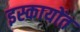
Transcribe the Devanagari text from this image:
इस्कायोंत